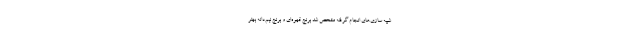
شبیه سازی‌های انجام گرفته مشخص شد برنج قهوه‌ای و برنج نیم‌دانه بهتر